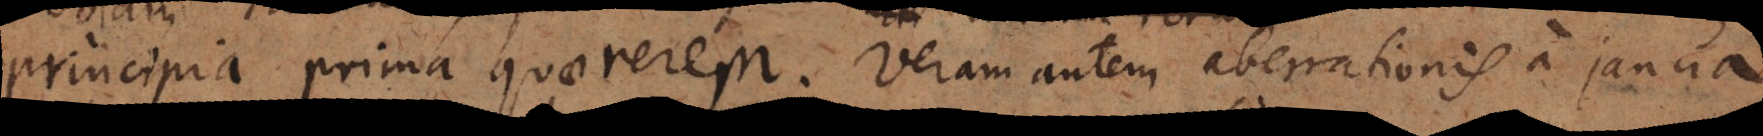
principia prima quaererem. Veram autem aberrationis a janua